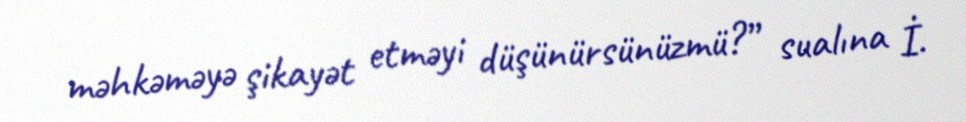
məhkəməyə şikayət etməyi düşünürsünüzmü?” sualına İ.